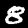
Digit: 8